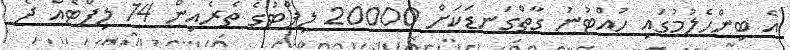
އެ ބިންހެލުމުގައި ހުއްޓުނު ގާތްގަނޑަކަށް 20000 ލިފްޓުގެ ތެރެއިން 14 ލިފްޓެއް ދެ